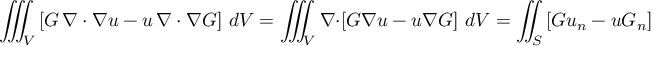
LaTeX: \iiint _ { V } \left[ G \, \nabla \cdot \nabla u - u \, \nabla \cdot \nabla G \right] \, d V = \iiint _ { V } \nabla \cdot \left[ G \nabla u - u \nabla G \right] \, d V = \iint _ { S } \left[ G u _ { n } - u G _ { n } \right] \, d S .